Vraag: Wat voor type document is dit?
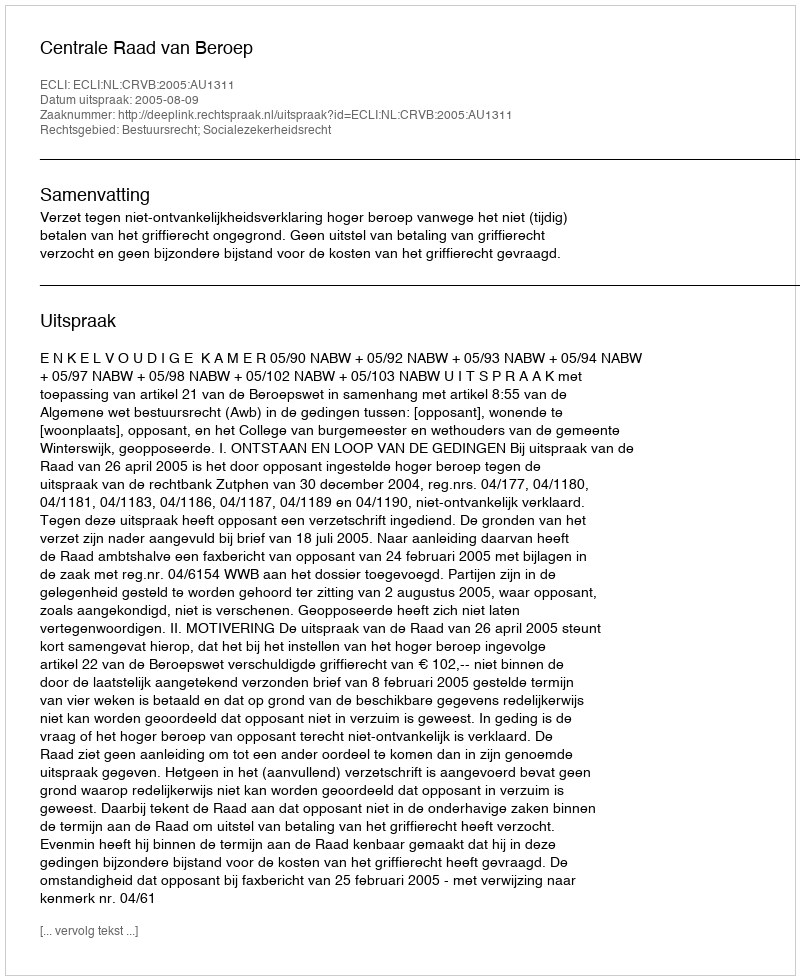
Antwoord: Uitspraak